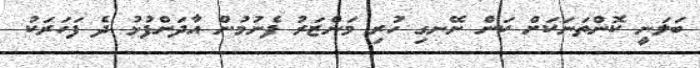
ބަލަނީ ކޮންތަނަކަށް ކަން ނޭނގި ހުރި މަންޒަރު ފެނުމުން އާދަންފުޅު ދެ ފަހަރަކު